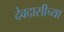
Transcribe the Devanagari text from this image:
देवदासीच्या